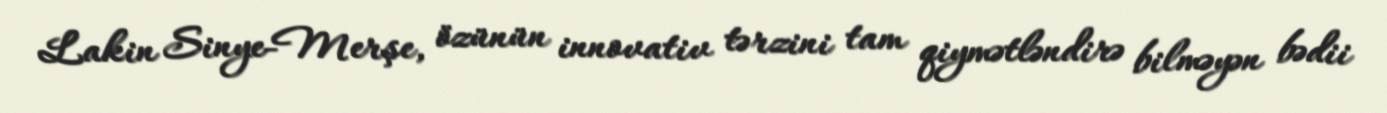
Lakin Sinye-Merşe, özünün innovativ tərzini tam qiymətləndirə bilməyən bədii